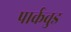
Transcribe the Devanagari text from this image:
पार्कवुड